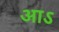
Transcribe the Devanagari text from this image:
आऽ